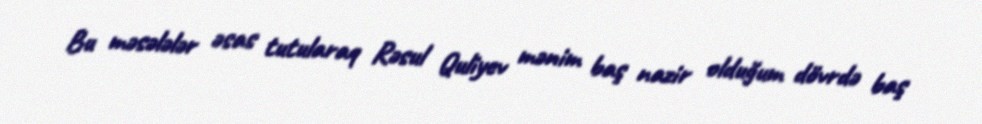
Bu məsələlər əsas tutularaq Rəsul Quliyev mənim baş nazir olduğum dövrdə baş